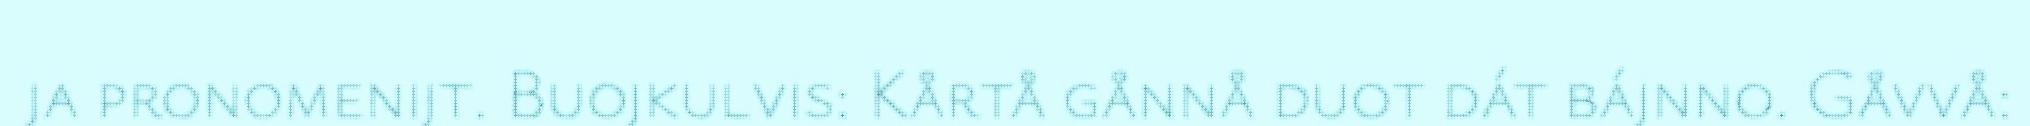
ja pronomenijt. Buojkulvis: Kårtå gånnå duot dát bájnno. Gåvvå: